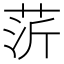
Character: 䓅